Malaria in the Punjab - Number 46
Disease focus: Malaria
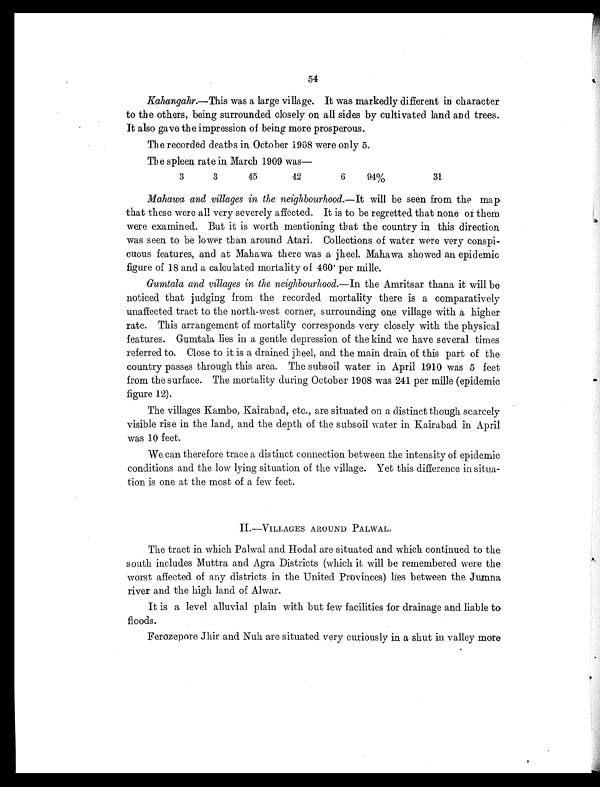
54
Kahangahr.—This was a large village. It was markedly different in character
to the others, being surrounded closely on all sides by cultivated land and trees.
It also gave the impression of being more prosperous.
The recorded deaths in October 1908 were only 5.
The spleen rate in March 1909 was
—
3
3
45
42
6
94%
31
Mahawa and villages in the neighbourhood. —It will be seen from the map
that these were all very severely affected. It is to be regretted that none or them
were examined. But it is worth mentioning that the country in this direction
was seen to be lower than around Atari. Collections of water were very conspi-
cuous features, and at Mahawa there was a jheel. Mahawa showed an epidemic
figure of 18 and a calculated mortality of 460. per mille.
Gumtala and villages in the neighbourhood. —In the Amritsar thana it will be
noticed that judging from the recorded mortality there is a comparatively
unaffected tract to the north-west corner, surrounding one village with a higher
rate. This arrangement of mortality corresponds very closely with the physical
features. Gumtala lies in a gentle depression of the kind we have several times
referred to. Close to it is a drained jheel, and the main drain of this part of the
country passes through this area. The subsoil water in April 1910 was 5 feet
from the surface. The mortality during October 1908 was 241 per mille (epidemic
figure 12).
The villages Kambo, Kairabad, etc., are situated on a distinct though scarcely
visible rise in the land, and the depth of the subsoil water in Kairabad in April
was 10 feet.
We can therefore trace a distinct connection between the intensity of epidemic
conditions and the low lying situation of the village. Yet this difference in situa-
tion is one at the most of a few feet.
II.—VILLAGES AROUND PALWAL.
The tract in which Palwal and Hodal are situated and which continued to the
south includes Muttra and Agra Districts (which it will be remembered were the
worst affected of any districts in the United Provinces) lies between the Jumna
river and the high land of Alwar.
It is a level alluvial plain with but few facilities for drainage and liable to
floods.
Ferozepore Jhir and Nuh are situated very curiously in a shut in valley more